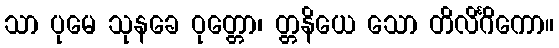
သာ ပုမေ သုနခေ ဝုတ္တော၊ တ္တနိယေ သော တိလိင်္ဂိကော။